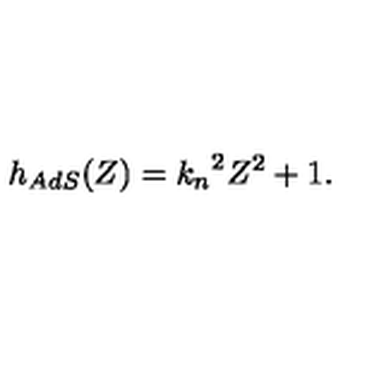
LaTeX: h _ { A d S } ( Z ) = { k _ { n } } ^ { 2 } Z ^ { 2 } + 1 .